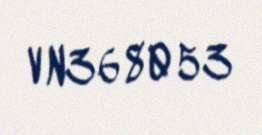
VN368053